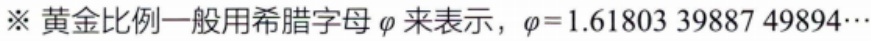
※黄金比例一般用希腊字母$\varphi$来表示，$\varphi = 1.61803\ 39887\ 49894\cdots$